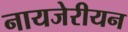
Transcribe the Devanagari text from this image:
नायजेरीयन